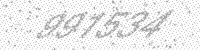
Solution: 991534